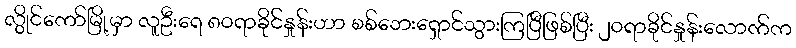
လွိုင်ကော်မြို့မှာ လူဦးရေ ၈၀ရာခိုင်နှုန်းဟာ စစ်ဘေးရှောင်သွားကြပြီဖြစ်ပြီး ၂၀ရာခိုင်နှုန်းလောက်က